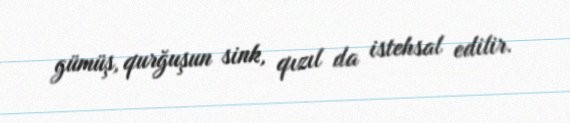
gümüş, qurğuşun sink, qızıl da istehsal edilir.